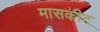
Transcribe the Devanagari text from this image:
मासकीट